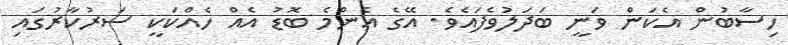
ހިސާބުން އެކަން ވަނީ ބަދަލުވެފައެވެ. އޭގެ އެންމެ ބޮޑު އެއް ހެއްކަކީ ސަރުކާރުގައި